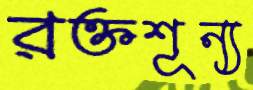
রক্তশূন্য